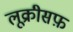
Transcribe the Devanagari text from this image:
लूक्रीसफ़